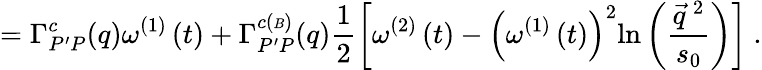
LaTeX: =\Gamma_{P^{\prime}P}^{c}(q)\omega^{\left(1\right)}\left(t\right)+\Gamma_{P^{\prime}P}^{c\left({\scriptsize{B}}\right)}(q)\frac{1}{2}\left[\omega^{\left(2\right)}\left(t\right)-\left(\omega^{\left(1\right)}\left(t\right)\right)^{2}\mathrm{ln}\left(\frac{\vec{q}^{~2}}{s_{0}}\right)\right]\ .